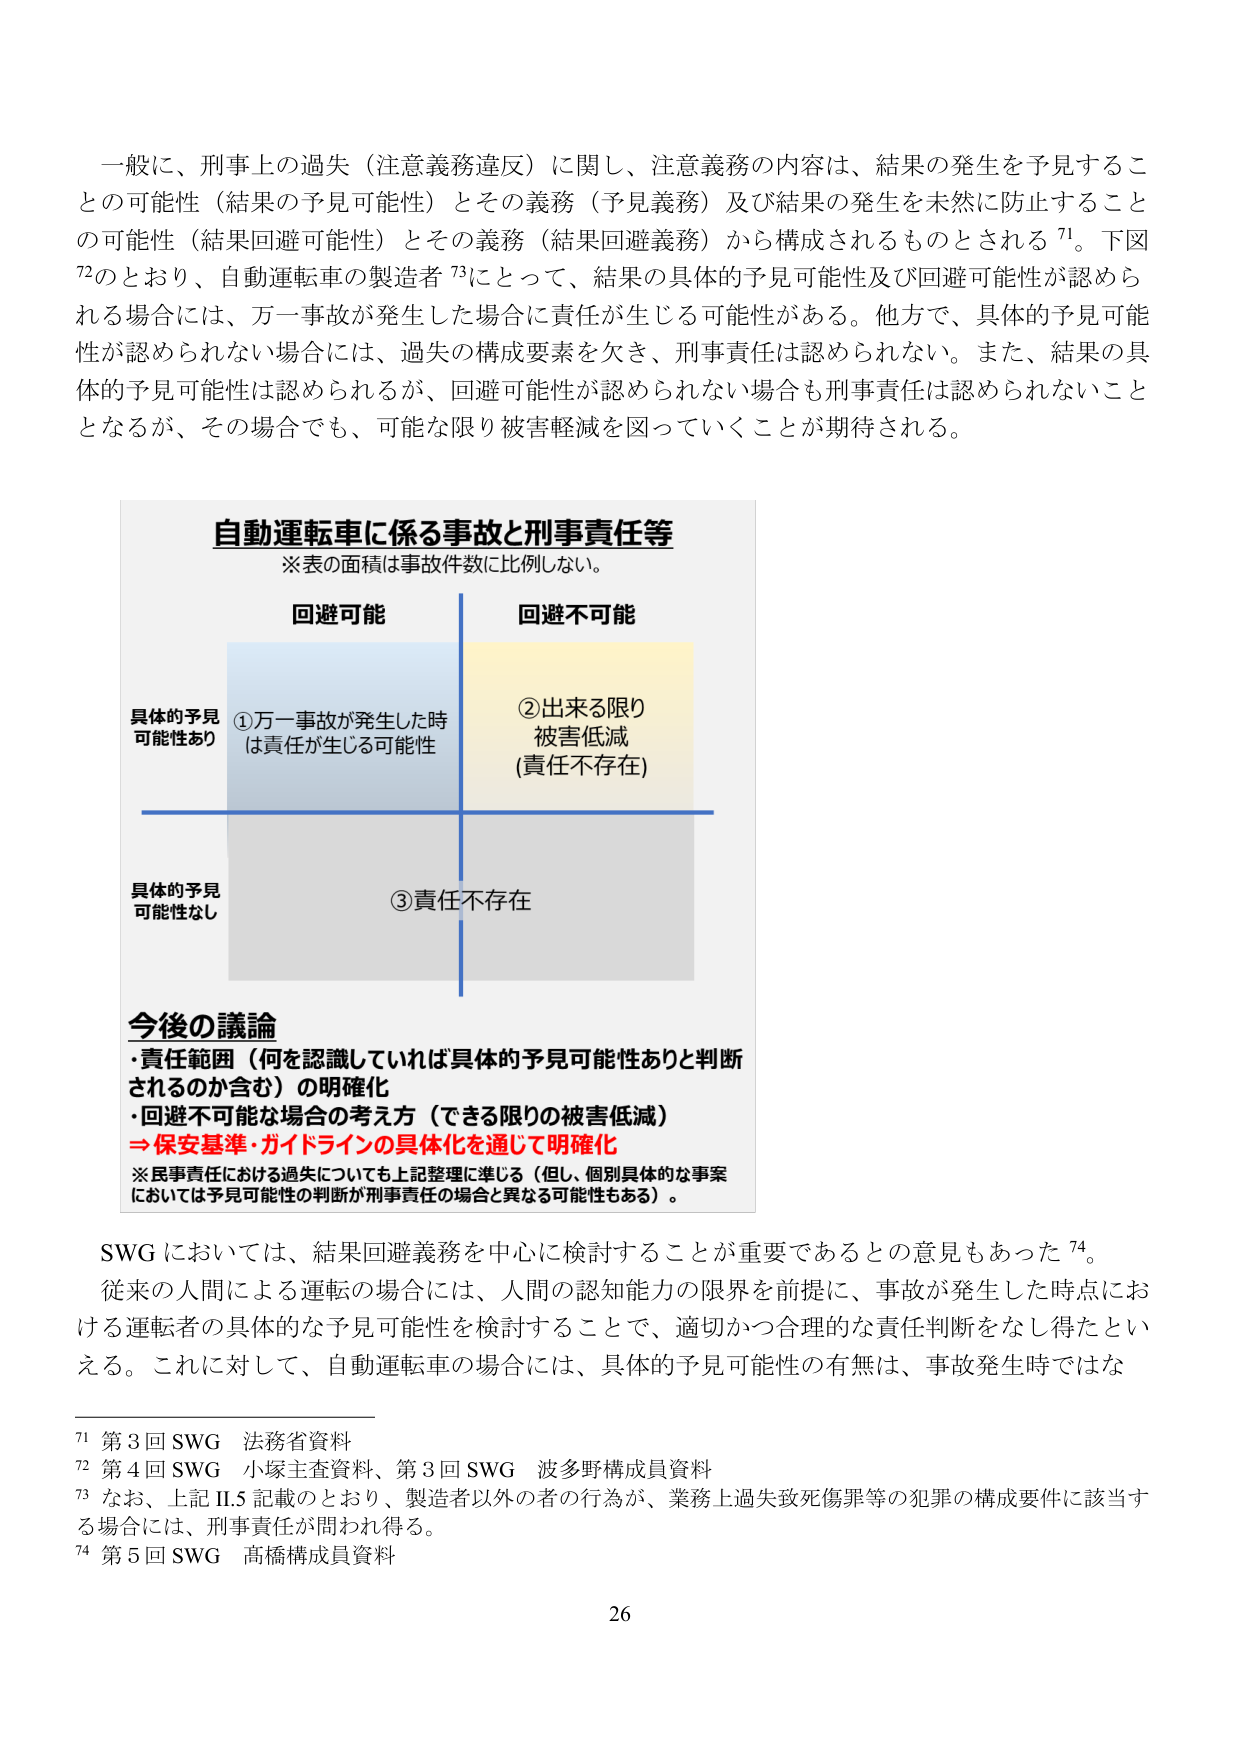
一般に、刑事上の過失（注意義務違反）に関し、注意義務の内容は、結果の発生を予見することの可能性（結果の予見可能性）とその義務（予見義務）及び結果の発生を未然に防止することの可能性（結果回避可能性）とその義務（結果回避義務）から構成されるものとされる71。下図72のとおり、自動運転車の製造者73にとって、結果の具体的予見可能性及び回避可能性が認められる場合には、万一事故が発生した場合に責任が生じる可能性がある。他方で、具体的予見可能性が認められない場合には、過失の構成要素を欠き、刑事責任は認められない。また、結果の具体的予見可能性は認められるが、回避可能性が認められない場合も刑事責任は認められないこととなるが、その場合でも、可能な限り被害軽減を図っていくことが期待される。

自動運転車に係る事故と刑事責任等
※表の面積は事故件数に比例しない。

回避可能 回避不可能

具体的予見
可能性あり
①万一事故が発生した時
は責任が生じる可能性

②出来る限り
被害低減
(責任不存在)

具体的予見
可能性なし
③責任不存在

今後の議論
・責任範囲（何を認識していれば具体的予見可能性ありと判断されるのか含む）の明確化
・回避不可能な場合の考え方（できる限りの被害低減）
⇒保安基準・ガイドラインの具体化を通じて明確化
※民事責任における過失についても上記整理に準じる（但し、個別具体的な事案においては予見可能性の判断が刑事責任の場合と異なる可能性もある）。

SWGにおいては、結果回避義務を中心に検討することが重要であるとの意見もあった74。
従来の人間による運転の場合には、人間の認知能力の限界を前提に、事故が発生した時点における運転者の具体的な予見可能性を検討することで、適切かつ合理的な責任判断をなし得たといえる。これに対して、自動運転車の場合には、具体的予見可能性の有無は、事故発生時ではな

71 第3回SWG 法務省資料
72 第4回SWG 小塚主査資料、第3回SWG 波多野構成員資料
73 なお、上記II.5記載のとおり、製造者以外の者の行為が、業務上過失致死傷罪等の犯罪の構成要件に該当する場合には、刑事責任が問われ得る。
74 第5回SWG 高橋構成員資料

26